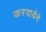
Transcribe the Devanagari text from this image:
करवायेंगे